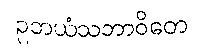
ဥဘယံသဘာဝိတေ